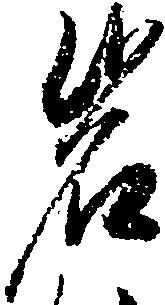
岩